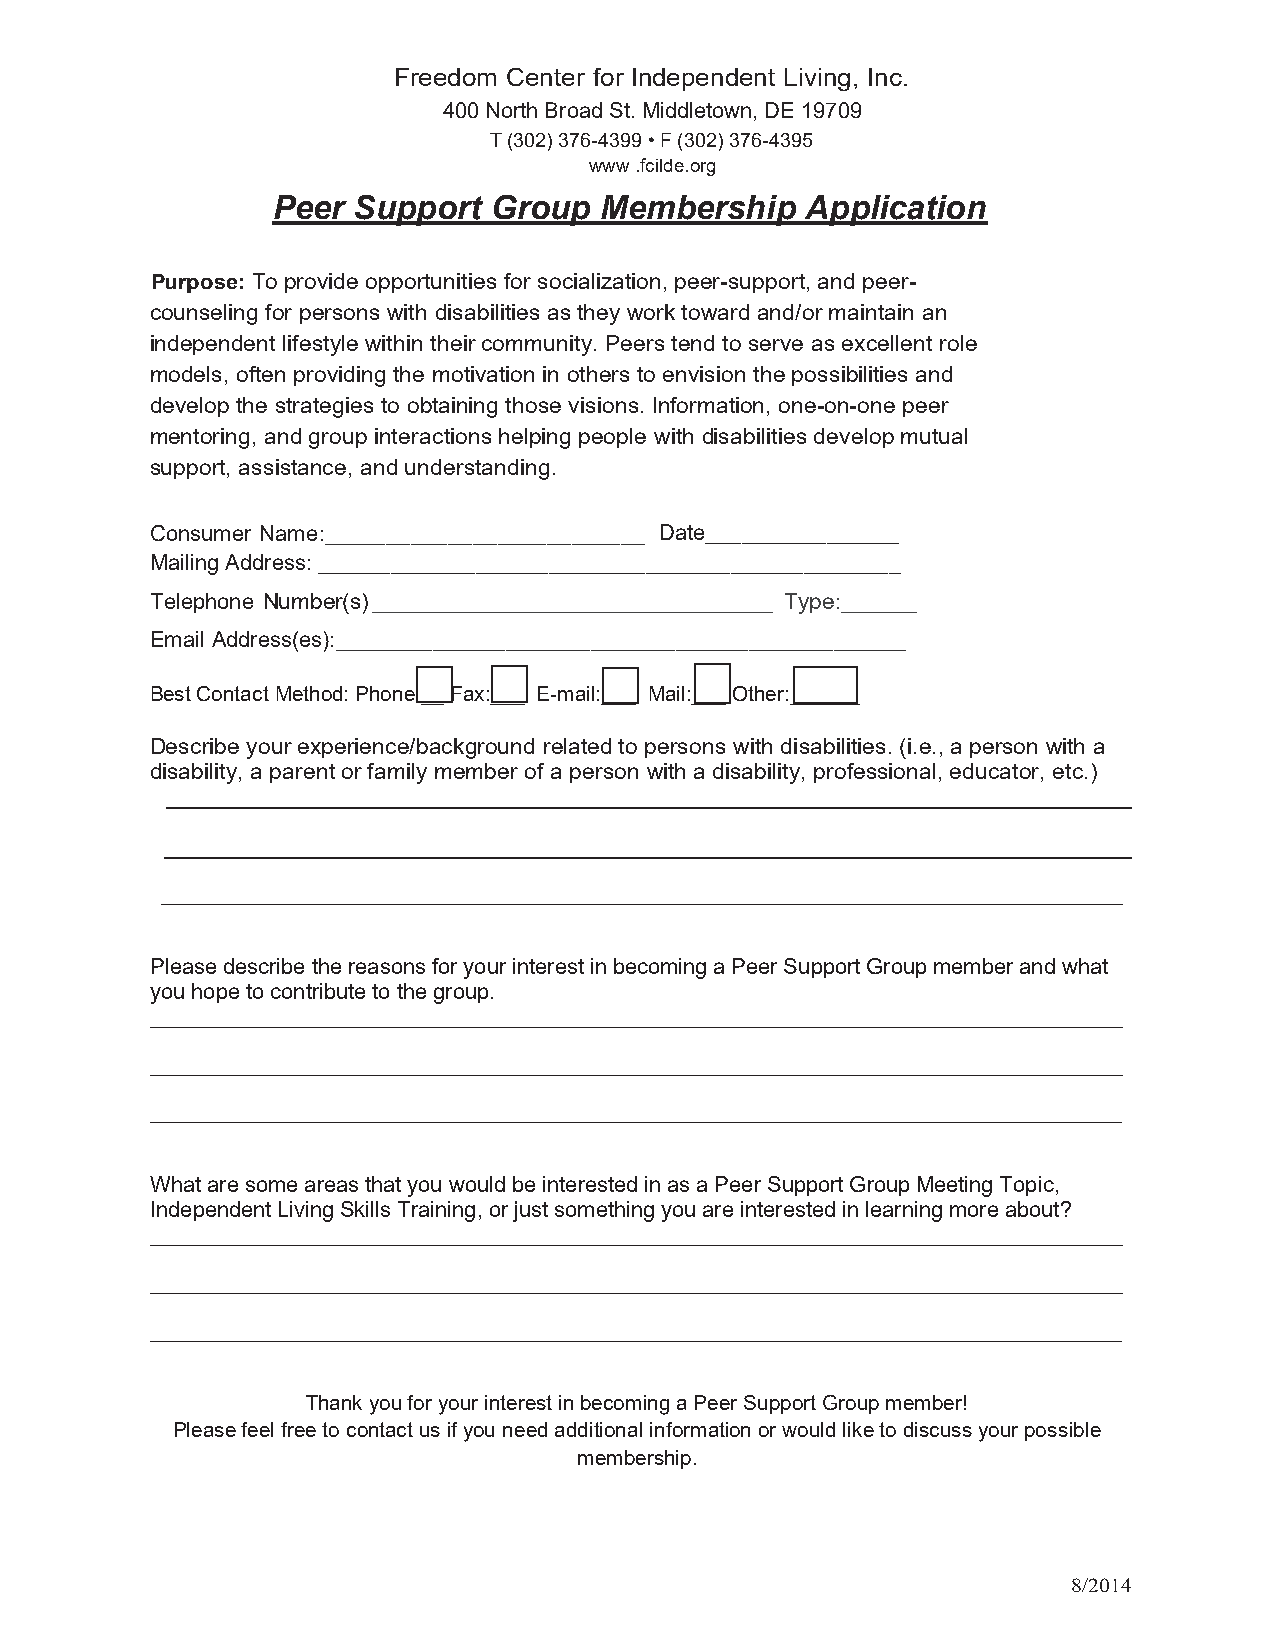
Freedom Center for Independent Living, Inc.
 400 North Broad St. Middletown, DE 19709
 T (302) 376-4399 • F (302) 376-4395
 www .fcilde.org
 Peer Support  Group   Membership   Application
 Purpose: To provide opportunities for socialization, peer-support, and peer-
 counseling for persons with disabilities as they work toward and/or maintain an
 independent lifestyle within their community. Peers tend to serve as excellent role
 models, often providing the motivation in others to envision the possibilities and
 develop the strategies to obtaining those visions. Information, one-on-one peer
 mentoring, and group interactions helping people with disabilities develop mutual
 support, assistance, and understanding.
 Consumer Name:__________________________ Date________________
 Mailing Address: ________________________________________________
 Telephone Number(s) ________________________________ Type:______
 Email Address(es):_______________________________________________
 Best Contact Method: Phone:__ Fax:___ E-mail:___ Mail:___ Other:______
 Describe your experience/background related to persons with disabilities. (i.e., a person with a
 disability, a parent or family member of a person with a disability, professional, educator, etc.)
 ___________________________________________________________________________________
 Please describe the reasons for your interest in becoming a Peer Support Group member and what
 you hope to contribute to the group.
 ____________________________________________________________________________________
 ____________________________________________________________________________________
 ____________________________________________________________________________________
 What are some areas that you would be interested in as a Peer Support Group Meeting Topic,
 Independent Living Skills Training, or just something you are interested in learning more about?
 ____________________________________________________________________________________
 ____________________________________________________________________________________
 ____________________________________________________________________________________
 Thank you for your interest in becoming a Peer Support Group member!
 Please feel free to contact us if you need additional information or would like to discuss your possible
 membership.
 8/2014